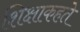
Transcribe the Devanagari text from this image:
शिक्षाकहते